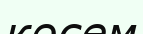
көсем